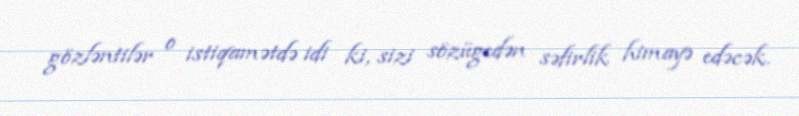
gözləntilər o istiqamətdə idi ki, sizi sözügedən səfirlik himayə edəcək.